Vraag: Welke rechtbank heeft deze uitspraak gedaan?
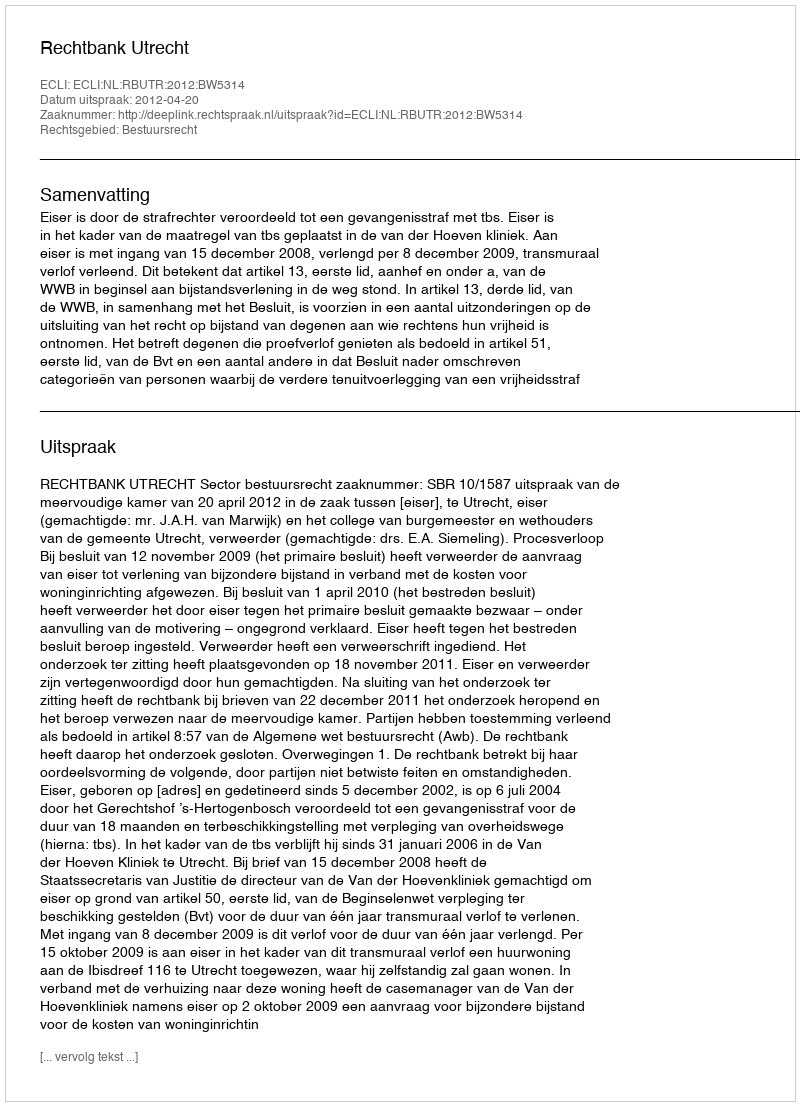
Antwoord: Rechtbank Utrecht